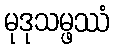
မုဒုသမ္ဖဿံ